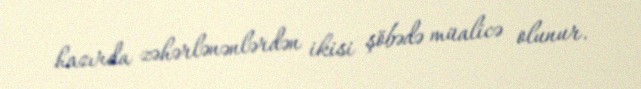
hazırda zəhərlənənlərdən ikisi şöbədə müalicə olunur.